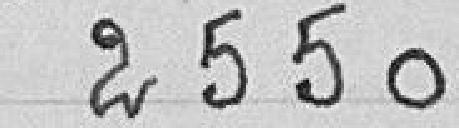
2550